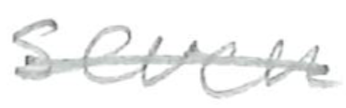
Text: seven
Cross-out: single-line
Writing tool: pencil